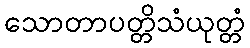
သောတာပတ္တိသံယုတ္တံ